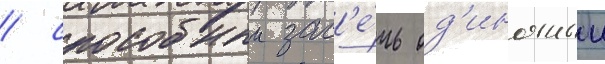
/ способныи зас'е́чь од'иночныи